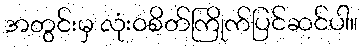
အတွင်းမှ လုံးဝစိတ်ကြိုက်ပြင်ဆင်ပါ။